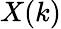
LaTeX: X(k)